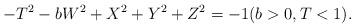
LaTeX: \begin{align*} -T^2-bW^2+X^2+Y^2+Z^2=-1 ( b>0, T<1).\end{align*}